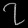
Digit: ၇